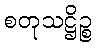
စတုသဋ္ဌိဉ္စ